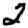
Digit: 2